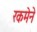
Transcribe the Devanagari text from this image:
रकमेने